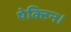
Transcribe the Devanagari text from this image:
पेक्टिन।